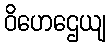
ဝိဟေဌေယျ